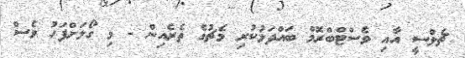
ޗެލްސީ އާއި ވެސްޓްބްރޮމް ބައްދަލުކުރި މެޗުގެ ތެރެއިން - މި ގޯލަށްފަހު ވެސް